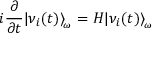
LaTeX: i \frac { \partial } { \partial t } | \nu _ { i } ( t ) \rangle _ { \! _ { \omega } } = { \cal H } | \nu _ { i } ( t ) \rangle _ { \! _ { \omega } }